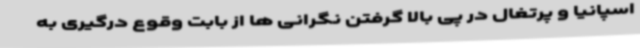
اسپانیا و پرتغال در پی بالا گرفتن نگرانی ها از بابت وقوع درگیری به